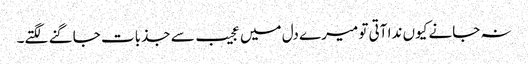
نہ جانے کیوں ندا آتی تو میرے دل میں عجیب سے جذبات جاگنے لگتے۔